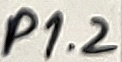
Text: P1.2